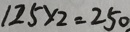
1 2 5 \times 2 = 2 5 0